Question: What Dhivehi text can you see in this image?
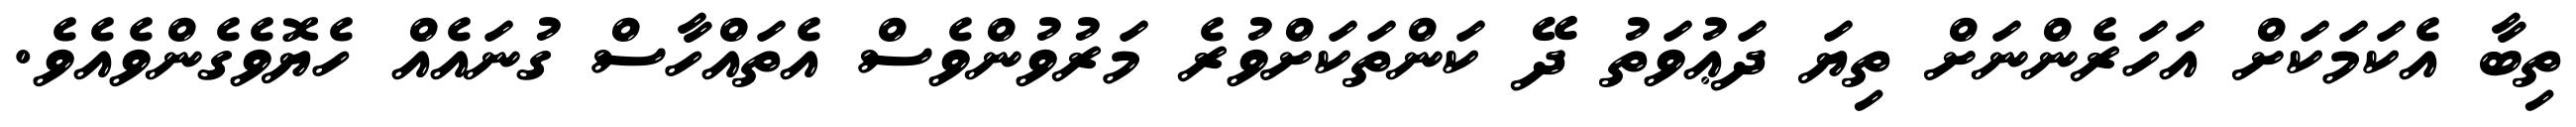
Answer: ތިބާ އެކަމަކަށް އަހަރެންނަށް ތިޔަ ދަޢުވަތު ދޭ ކަންތަކަށްވުރެ މަރުވުންވެސް އެތައްހާސް ގުނައެއް ހެޔޮވެގެންވެއެވެ.